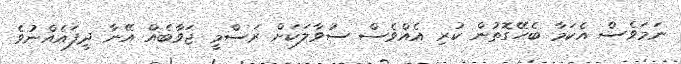
ނަމަވެސް އެކަމާ ބެހޭގޮތުން ކުރި އެއްވެސް ސުވާލަކަށް ރަސްމީ ޖަވާބެއް އޭނާ ދީފައެއްނުވެ